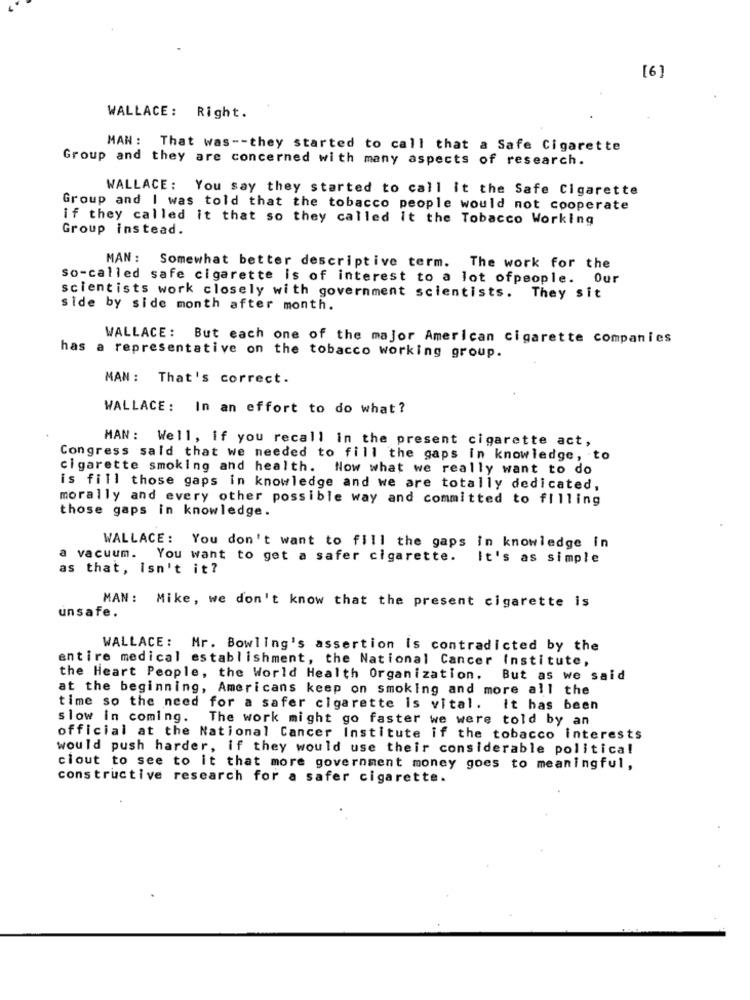
[6]
WALLACE: Right.
MAN: That was -- they started to call that a Safe Cigarette
Group and they are concerned with many aspects of research.
WALLACE: You say they started to call it the Safe Cigarette
Group and I was told that the tobacco people would not cooperate
if they called it that so they called it the Tobacco Working
Group instead.
MAN: Somewhat better descriptive term. The work for the
so-called safe cigarette is of interest to a lot ofpeople. Our
scientists work closely with government scientists. They sit
side by side month after month.
WALLACE: But each one of the major American cigarette companies
has a representative on the tobacco working group.
MAN: That's correct.
WALLACE :
In an effort to do what ?
MAN: Well, if you recall in the present cigarette act,
Congress said that we needed to fill the gaps in knowledge, to
cigarette smoking and health. Now what we really want to do
is fill those gaps in knowledge and we are totally dedicated,
morally and every other possible way and committed to filling
those gaps in knowledge.
WALLACE: You don't want to fill the gaps in knowledge in
vacuum.
You want to get a safer cigarette.
It's as simple
as that, isn't it?
MAN: Mike, we don't know that the present cigarette is
unsafe.
WALLACE: Mr. Bowling's assertion is contradicted by the
entire medical establishment, the National Cancer Institute,
the Heart People, the World Health Organization,
But as we said
at the beginning, Americans keep on smoking and more all the
time so the need for a safer cigarette is vital. it has been
slow in coming. The work might go faster we were told by an
official at the National Cancer Institute if the tobacco interests
would push harder, if they would use their considerable political
clout to see to it that more government money goes to meaningful,
constructive research for a safer cigarette.